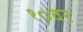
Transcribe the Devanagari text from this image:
१०वर